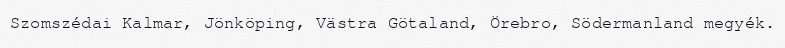
Szomszédai Kalmar, Jönköping, Västra Götaland, Örebro, Södermanland megyék.